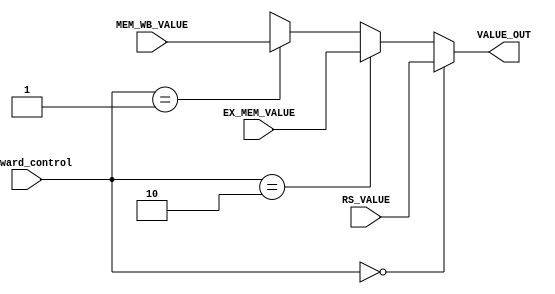
module Forward_MUX
(
    RS_VALUE,
    MEM_WB_VALUE,
    EX_MEM_VALUE,
    forward_control,
    VALUE_OUT
);

// Interface
input   [31:0]      RS_VALUE;
input   [31:0]      MEM_WB_VALUE;
input   [31:0]      EX_MEM_VALUE;
input   [1:0]       forward_control;
output  [31:0]      VALUE_OUT;

assign  VALUE_OUT=  (forward_control==2'b00)?RS_VALUE:
                    (forward_control==2'b10)?EX_MEM_VALUE:
                    (forward_control==2'b01)?MEM_WB_VALUE:
                    32'bx;
                    

endmodule